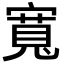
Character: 寬